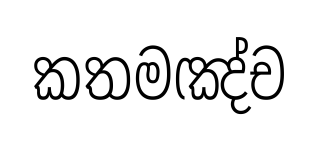
කතමඤ්ච